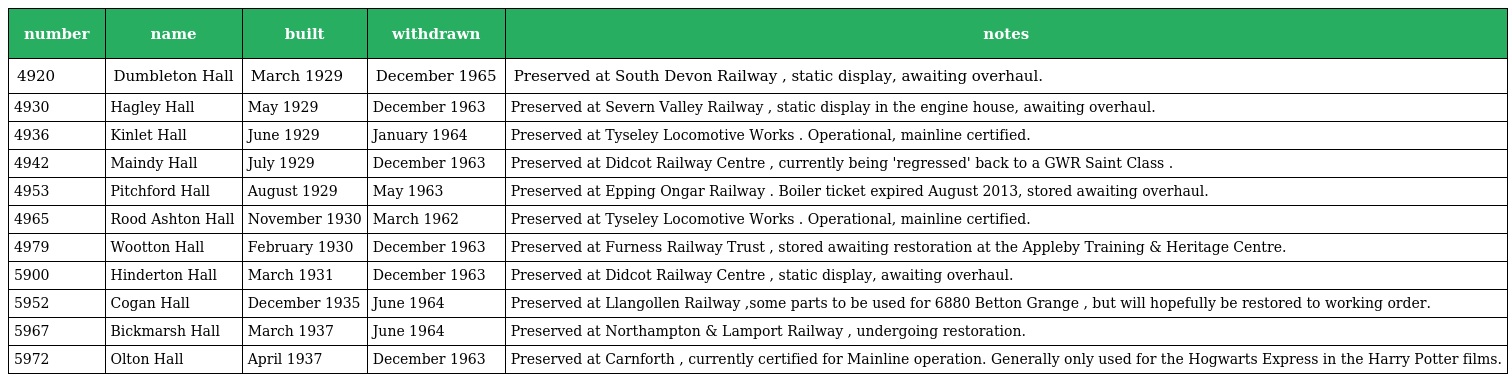
| number | name | built | withdrawn | notes |
 | --- | --- | --- | --- | --- |
 | 4920 | Dumbleton Hall | March 1929 | December 1965 | Preserved at South Devon Railway , static display, awaiting overhaul. |
 | 4930 | Hagley Hall | May 1929 | December 1963 | Preserved at Severn Valley Railway , static display in the engine house, awaiting overhaul. |
 | 4936 | Kinlet Hall | June 1929 | January 1964 | Preserved at Tyseley Locomotive Works . Operational, mainline certified. |
 | 4942 | Maindy Hall | July 1929 | December 1963 | Preserved at Didcot Railway Centre , currently being 'regressed' back to a GWR Saint Class . |
 | 4953 | Pitchford Hall | August 1929 | May 1963 | Preserved at Epping Ongar Railway . Boiler ticket expired August 2013, stored awaiting overhaul. |
 | 4965 | Rood Ashton Hall | November 1930 | March 1962 | Preserved at Tyseley Locomotive Works . Operational, mainline certified. |
 | 4979 | Wootton Hall | February 1930 | December 1963 | Preserved at Furness Railway Trust , stored awaiting restoration at the Appleby Training & Heritage Centre. |
 | 5900 | Hinderton Hall | March 1931 | December 1963 | Preserved at Didcot Railway Centre , static display, awaiting overhaul. |
 | 5952 | Cogan Hall | December 1935 | June 1964 | Preserved at Llangollen Railway ,some parts to be used for 6880 Betton Grange , but will hopefully be restored to working order. |
 | 5967 | Bickmarsh Hall | March 1937 | June 1964 | Preserved at Northampton & Lamport Railway , undergoing restoration. |
 | 5972 | Olton Hall | April 1937 | December 1963 | Preserved at Carnforth , currently certified for Mainline operation. Generally only used for the Hogwarts Express in the Harry Potter films. |